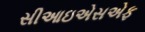
સીઆઇએસએફ